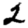
Digit: 2